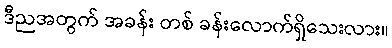
ဒီညအတွက် အခန်း တစ် ခန်းလောက်ရှိသေးလား။